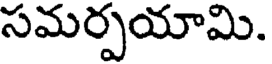
సమర్పయామి.